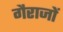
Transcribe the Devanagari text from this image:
गैराजों